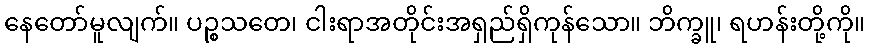
နေတော်မူလျက်။ ပဉ္စသတေ၊ ငါးရာအတိုင်းအရှည်ရှိကုန်သော။ ဘိက္ခူ၊ ရဟန်းတို့ကို။